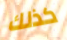
كذلك